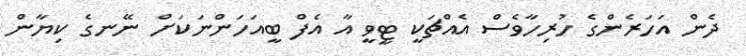
ދެން އަހަރެންގެ ހުރިހާވެސް އެއްޗަކީ ޓީވީ އާ އެފް ބީއަހަންނަކަށް ނޭނގެ ކިޔާން